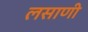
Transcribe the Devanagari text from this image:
लसाणी